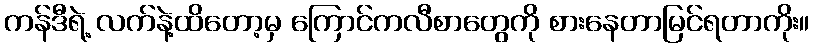
ကန်ဒီရဲ့ လက်နဲ့ထိတော့မှ ကြောင်ကလီစာတွေကို စားနေတာမြင်ရတာကိုး။